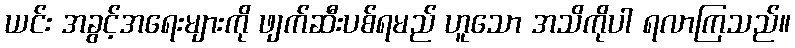
ယင်း အခွင့်အရေးများကို ဖျက်ဆီးပစ်ရမည် ဟူသော အသိကိုပါ ရလာကြသည်။